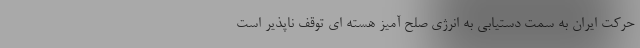
حرکت ایران به سمت دستیابی به انرژی صلح آمیز هسته ای توقف ناپذیر است